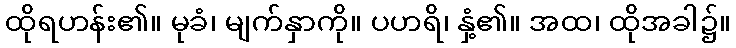
ထိုရဟန်း၏။ မုခံ၊ မျက်နှာကို။ ပဟရိ၊ နှံ့၏။ အထ၊ ထိုအခါ၌။